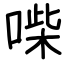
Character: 喍